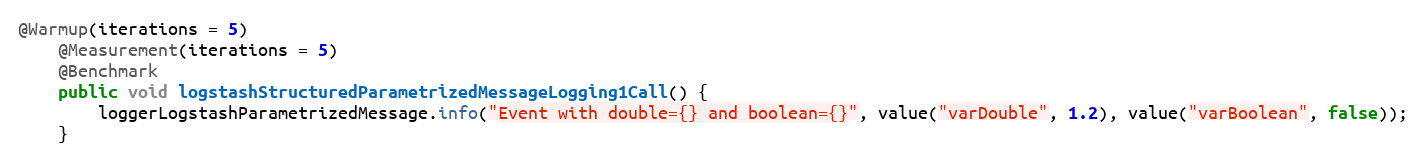
Language: Java
@Warmup(iterations = 5)
    @Measurement(iterations = 5)
    @Benchmark
    public void logstashStructuredParametrizedMessageLogging1Call() {
        loggerLogstashParametrizedMessage.info("Event with double={} and boolean={}", value("varDouble", 1.2), value("varBoolean", false));
    }